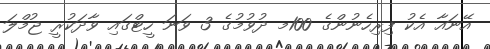
އޭނައާ އެކު ފިރިހެނުންގެ 100މ ދުވުމުގެ 3 ވަނަ ހީޓްގައި ވާދަކުރީ ޖުމްލަ